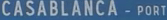
CASABLANCA - PORT